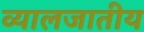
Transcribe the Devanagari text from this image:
व्यालजातीय